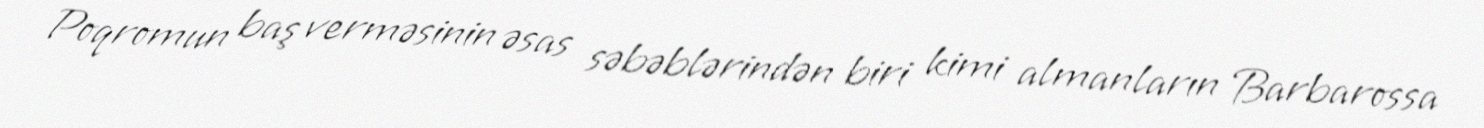
Poqromun baş verməsinin əsas səbəblərindən biri kimi almanların Barbarossa